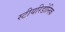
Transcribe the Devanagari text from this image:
स्टीयरिडोनिक